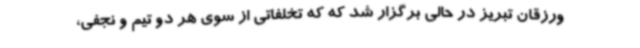
ورزقان تبریز در حالی برگزار شد که که تخلفاتی از سوی هر دو تیم و نجفی،